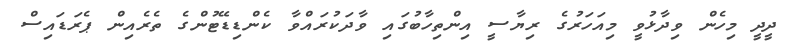
ދީދީ މިހެން ވިދާޅުވީ މިއަހަރުގެ ރިޔާސީ އިންތިހާބުގައި ވާދަކުރައްވާ ކެންޑިޑޭޓުންގެ ތެރެއިން ޕެރަޑައިސް